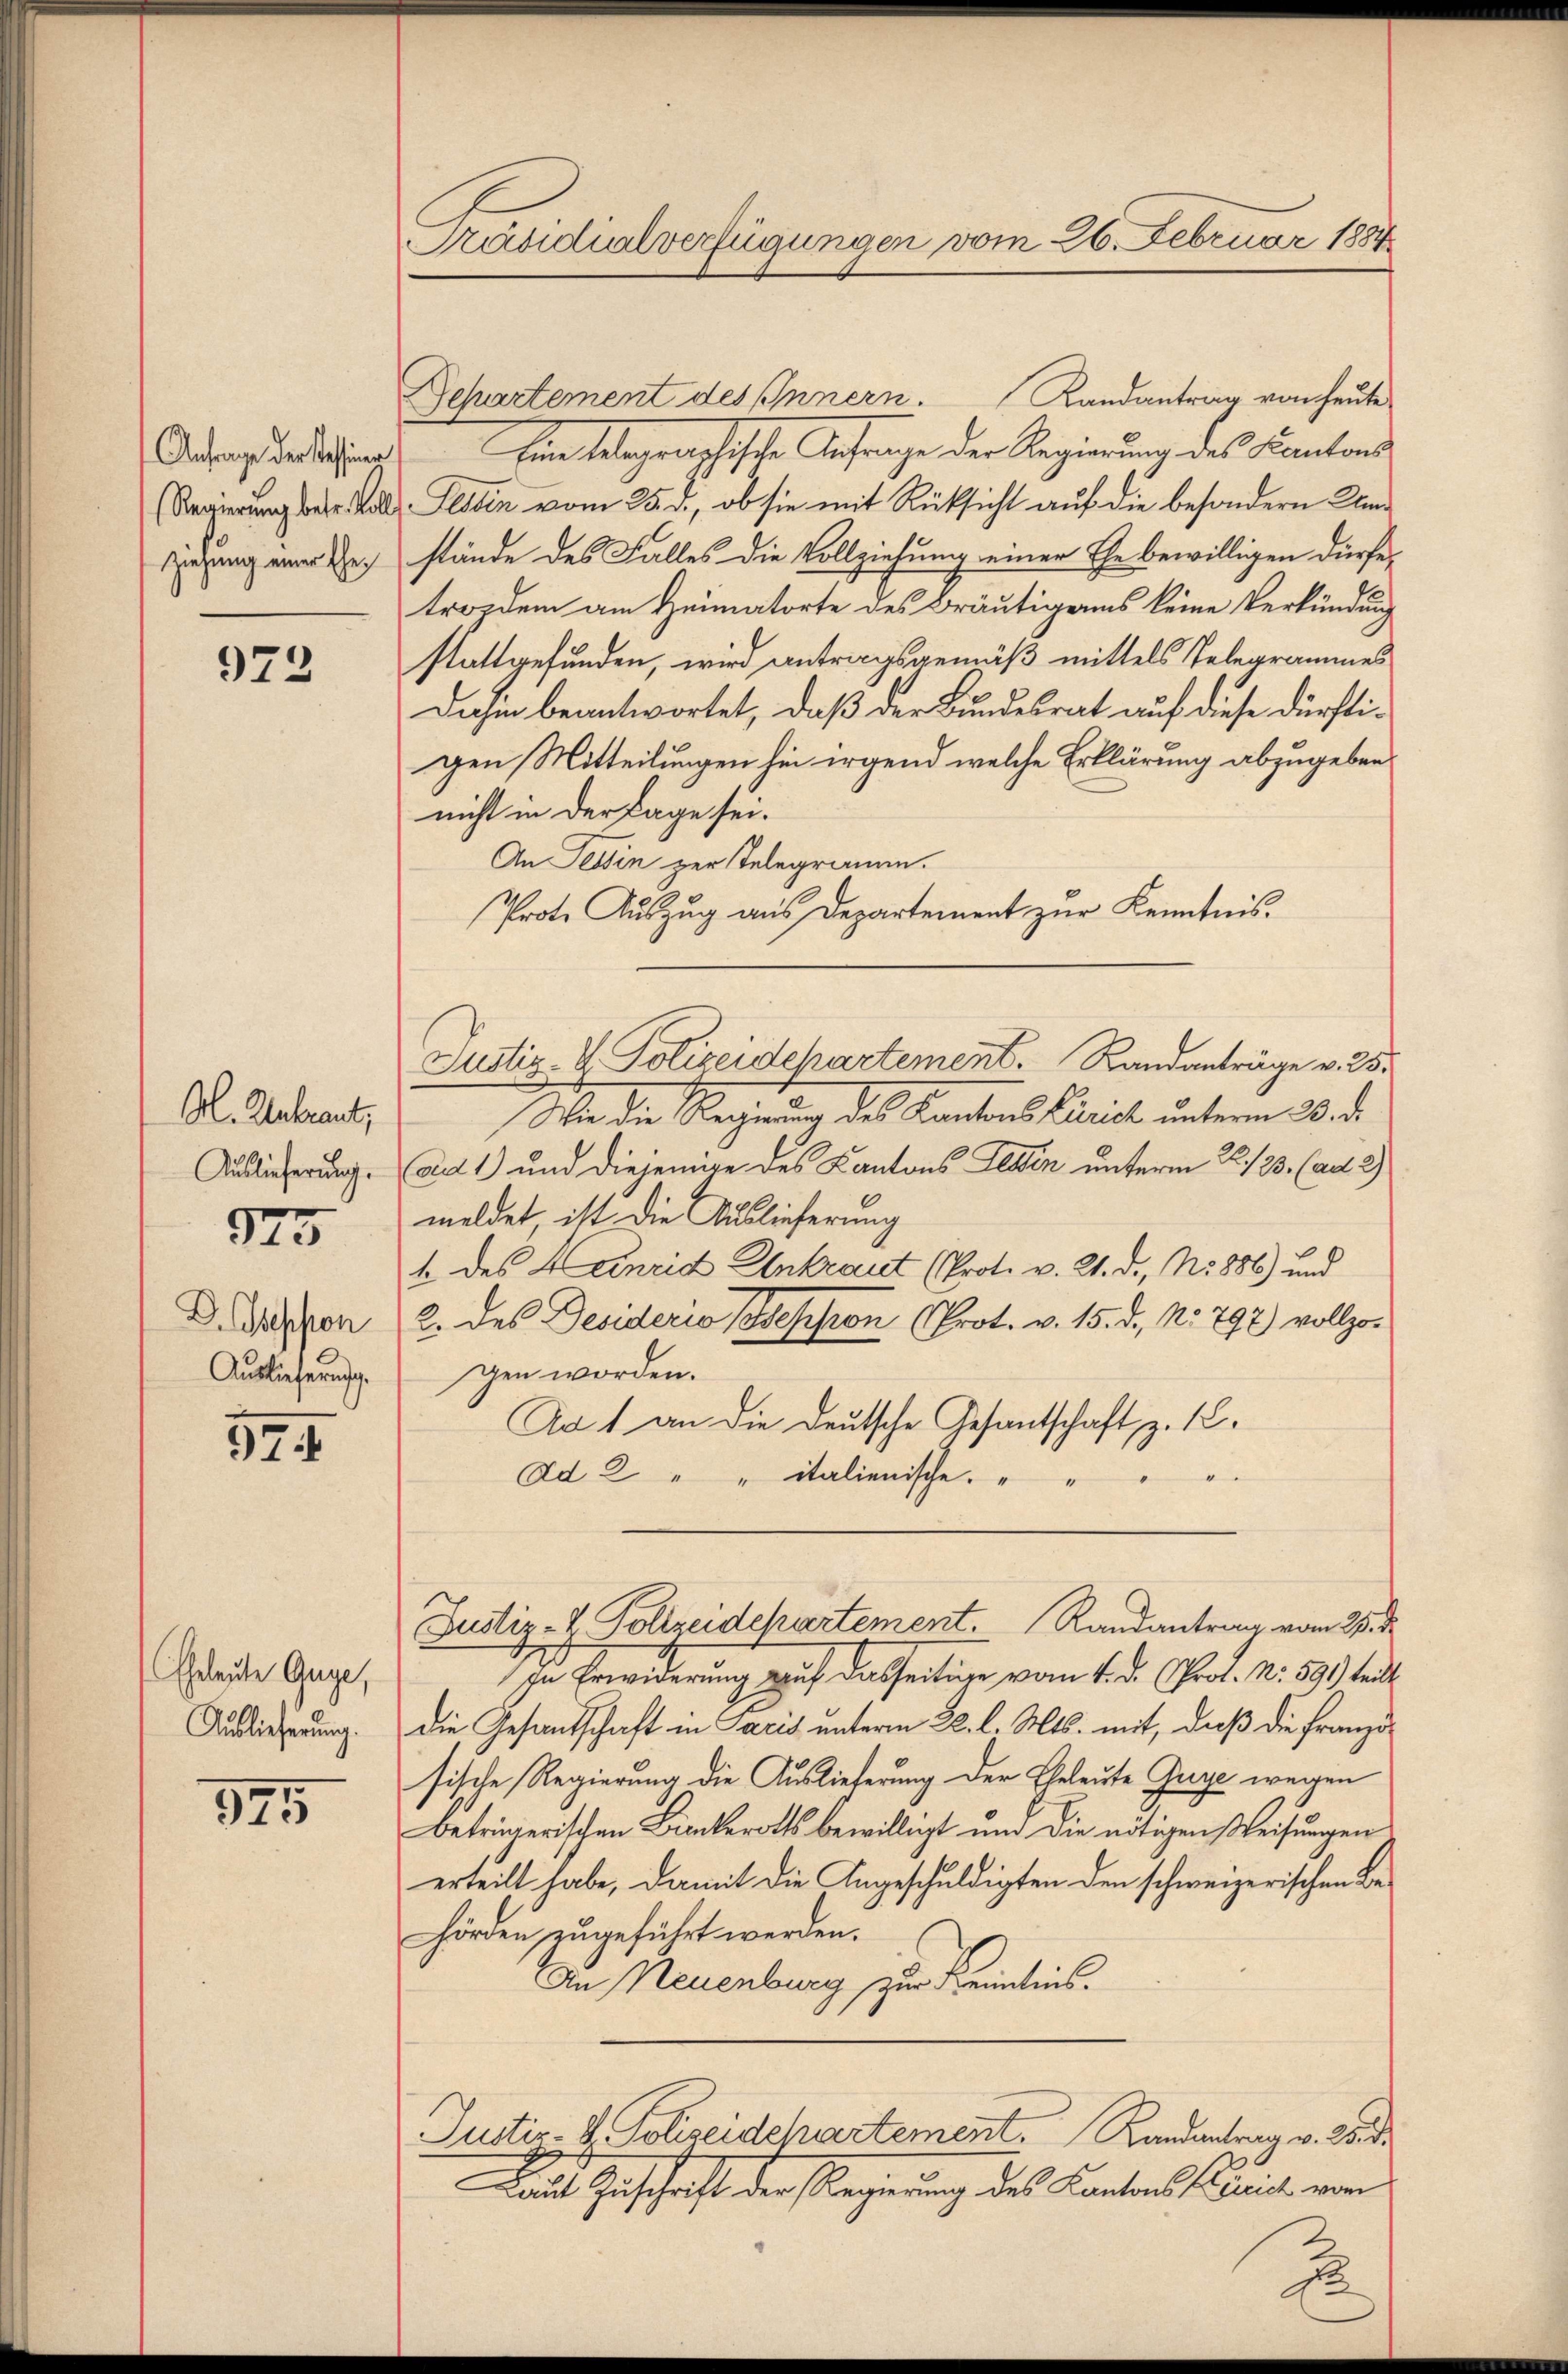
Anfrage der Tessine
Regierung betr. Koll
ziehung einer Ehe¬

972

Al. Antraut,
Auslieferung.

925

D. Session
Auslieferung.

37.

Geleute Guge,
Auslieferung.

375

Präsidialverfügungen vom 26. Februar 1884

Departement des Innern. Landantrag von heute
Ein tagraphische Anfrage der Regierung des Kantons
d Festin vom 25. d., ob sie mit Rücksicht auf die besondern Umstände des Falles die Vollziehung einer Ehe bewilligen dürfe,
troidem am Heimatorte des Bräutigams keine Verkündung
stattgefunden, wird antragsgemäß mittels Telegrammes
Dahen beantwortet, daß der Bundesrat auf diese dürftigen Mitteilungen hin irgend welche Erklärung abzugeben
nicht in der Lage sei.
An Tessin zur Telegramm.
Prote Auszug aus Departement zur Kenntnis.
Justiz- & Polizeidepartement. Randanträge v. 25.
Wer die Rechnung des Kantons Plaich unterm 20. d.
Ad 1) und diejenige des Kantons Tessin unterm 22./23. (ad 2)
meldet, ist die Auslieferung
4 des Anrid Unkraut (Prot. v. 21. d., No 886) und
2. des Desideris Pession (Prot. v. 15. d. No. 797) vollzogen worden.
Ad 1 an die Deutsche Gesandtschaft, z. 1.
d
Ad 2. " " italienische. " "

In Erwiderung auf dasseitige vom 4. d. Prot. N. 591) teilt
die Gesandschaft in Paris unterm 22. l. Mts. mit, daß die Franzö
sische Regierung die Auslieferung der Eheleute Greye wegen
betringerischen Bunkerotts bewilligt und die nötigen Weisungen
erteilt habe, damit die Angeschuldigten den schweizerischen Be¬
Hörden zugeführt werden.
An Neuenburg zur Kenntnis.
Justiz- & Polizeidchartement. Kandentrag v. 25. d
Laut Zuschrift der Regierung des Kantons mich von
2

Justiz- & Polizeidepartement. Randantrag vom 25. d.